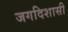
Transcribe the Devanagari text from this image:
जगदिशासी